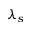
\lambda _ { s }